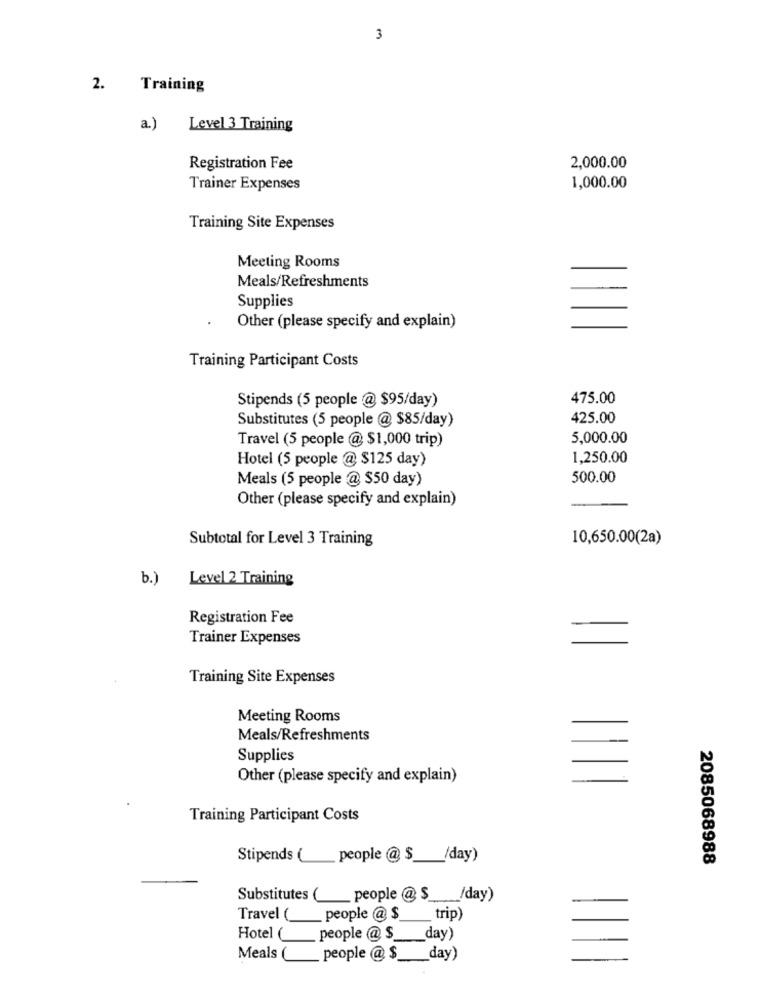
3
2.
Training
a.)
Level 3 Training
Registration Fee
2,000.00
Trainer Expenses
1,000.00
Training Site Expenses
Meeting Rooms
Meals/Refreshments
Supplies
Other (please specify and explain)
Training Participant Costs
Stipends (5 people @ $95/day)
475.00
Substitutes (5 people @ $85/day)
425.00
Travel (5 people @ $1,000 trip)
5,000.00
Hotel (5 people @ $125 day)
1,250.00
Meals (5 people @ $50 day)
500.00
Other (please specify and explain)
Subtotal for Level 3 Training
10,650.00(2a)
b.)
Level 2 Training
Registration Fee
Trainer Expenses
Training Site Expenses
Meeting Rooms
Meals/Refreshments
Supplies
Other (please specify and explain)
Training Participant Costs
Stipends ( _ people @ $ __ /day)
2085068988
Substitutes ( people @ $ /day)
Travel ( __ people @ $_
trip)
Hotel ( people @ S_
day)
Meals ( people @ $ __ day)